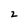
Character: z